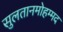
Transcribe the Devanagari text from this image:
सुलतानमोहम्मद